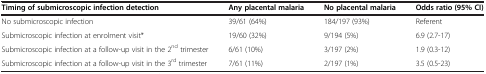
<table><thead><tr><td><b>Timing of submicroscopic infection detection</b></td><td><b>Any placental malaria</b></td><td><b>No placental malaria</b></td><td><b>Odds ratio (95% CI)</b></td></tr></thead><tbody><tr><td>No submicroscopic infection</td><td>39/61 (64%)</td><td>184/197 (93%)</td><td>Referent</td></tr><tr><td>Submicroscopic infection at enrolment visit*</td><td>19/60 (32%)</td><td>9/194 (5%)</td><td>6.9 (2.7-17)</td></tr><tr><td>Submicroscopic infection at a follow-up visit in the 2<sup>nd</sup> trimester</td><td>6/61 (10%)</td><td>3/197 (2%)</td><td>1.9 (0.3-12)</td></tr><tr><td>Submicroscopic infection at a follow-up visit in the 3<sup>rd</sup> trimester</td><td>7/61 (11%)</td><td>2/197 (1%)</td><td>3.5 (0.5-23)</td></tr></tbody></table>